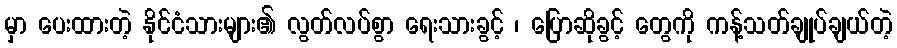
မှာ ပေးထားတဲ့ နိုင်ငံသားများ၏ လွတ်လပ်စွာ ရေးသားခွင့် ၊ ပြောဆိုခွင့် တွေကို ကန့်သတ်ချုပ်ချယ်တဲ့